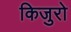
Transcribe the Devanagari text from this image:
किजुरो